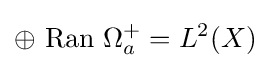
\oplus ~{\text{Ran}}~\Omega _{a}^{+}=L^{2}(X)